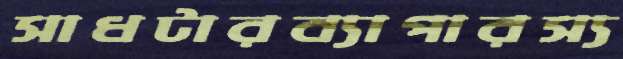
সাধটারব্যাপারস্য